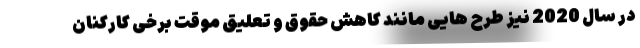
در سال 2020 نیز طرح هایی مانند کاهش حقوق و تعلیق موقت برخی کارکنان